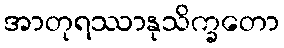
အာတုရဿာနုသိက္ခတော